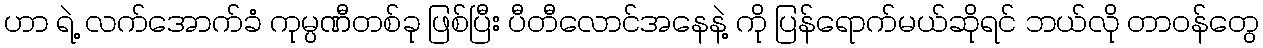
ဟာ ရဲ့ လက်အောက်ခံ ကုမ္ပဏီတစ်ခု ဖြစ်ပြီး ပီတီလောင်အနေနဲ့ ကို ပြန်ရောက်မယ်ဆိုရင် ဘယ်လို တာဝန်တွေ